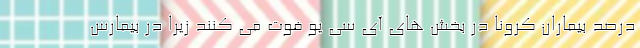
درصد بیماران کرونا در بخش های آی سی یو فوت می کنند زیرا در بیمارس